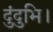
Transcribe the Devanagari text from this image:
दुंदुभि।